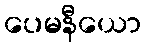
ပေမနီယော